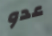
عدو